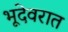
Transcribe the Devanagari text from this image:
भूदेवरात